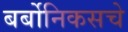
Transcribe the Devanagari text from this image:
बर्बोनिकसचे